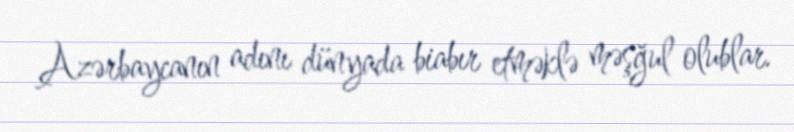
Azərbaycanın adını dünyada biabır etməklə məşğul olublar.